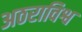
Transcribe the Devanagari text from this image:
अठराविश्व